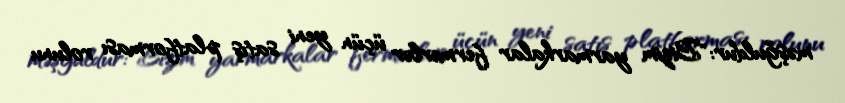
məşğuldur: "Bizim yarmarkalar fermerlər üçün yeni satış platforması rolunu